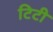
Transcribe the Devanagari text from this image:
टिटी